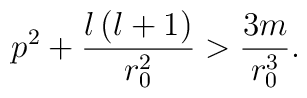
p^2+\frac{l\left( l+1\right) }{r_0^2}>\frac{3m}{r_0^3}.